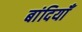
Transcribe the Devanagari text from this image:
बांदियाँ